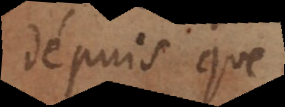
dépuis que